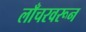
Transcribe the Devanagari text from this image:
लाँचरवरून